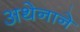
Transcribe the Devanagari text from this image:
अथेनाने